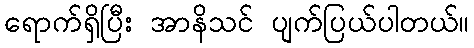
ရောက်ရှိပြီး အာနိသင် ပျက်ပြယ်ပါတယ်။